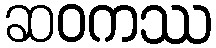
ဆဝကဿ